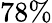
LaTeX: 78\%